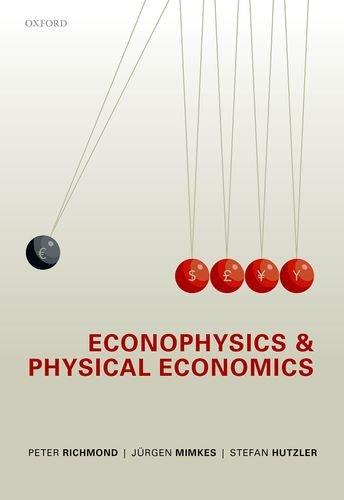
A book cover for Econophysics and Physical Economics; Peter Richmond; Science & Math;